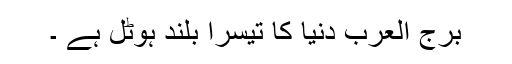
برج العرب دنیا کا تیسرا بلند ہوٹل ہے ۔